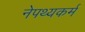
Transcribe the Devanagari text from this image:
नेपथ्यकर्म